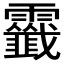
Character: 𩆷